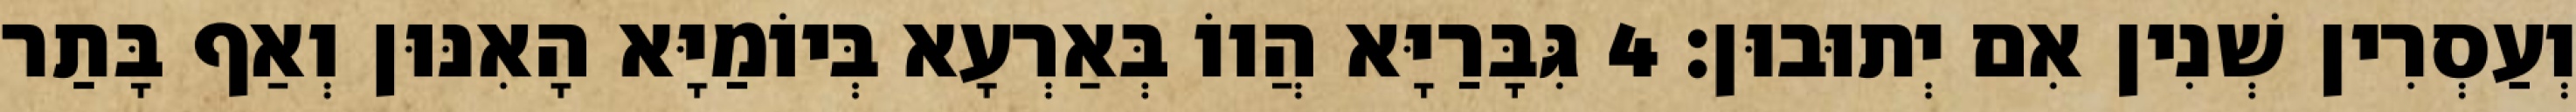
וְעַסְרִין שְׁנִין אִם יְתוּבוּן׃ 4 גִּבָּרַיָּא הֲווֹ בְּאַרְעָא בְּיוֹמַיָּא הָאִנּוּן וְאַף בָּתַר